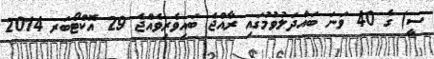
ސީ) ގެ 40 ވަނަ ބައްދަލުވުމުގައި ރާއްޖެ ބައިވެރިވެއްޖެ 29 އޮކްޓޯބަރ 2014